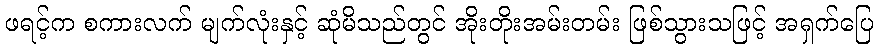
ဖရင့်က စကားလက် မျက်လုံးနှင့် ဆုံမိသည်တွင် အိုးတိုးအမ်းတမ်း ဖြစ်သွားသဖြင့် အရှက်ပြေ